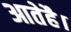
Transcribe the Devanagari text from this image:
आतेहै।